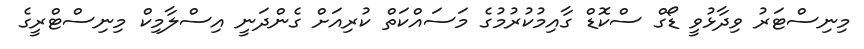
މިނިސްޓަރު ވިދާޅުވީ ޑޯގް ސްކޮޑް ގާއިމުކުރުމުގެ މަސައްކަތް ކުރިއަށް ގެންދަނީ އިސްލާމިކް މިނިސްޓްރީގެ